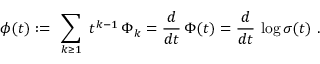
\phi ( t ) : = \ \sum _ { k \ge 1 } \ t ^ { k - 1 } \, \Phi _ { k } = { \frac { d } { d t } } \, \Phi ( t ) = { \frac { d } { d t } } \, \log \sigma ( t ) \ .